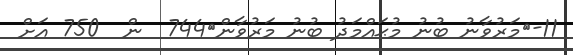
11-	މަރުވާނު ބުނު މުޙައްމަދު ބުނު މަރުވާން	744  ން  750 އަށް